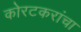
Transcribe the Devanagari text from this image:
कोरटकरांचा